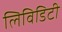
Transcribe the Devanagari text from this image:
लिविडिटी